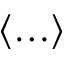
\langle \ldots \rangle